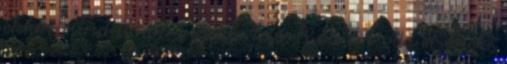
ekkor elindultak a szekér felé. Páva ért oda elsőnek,